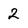
Character: 2